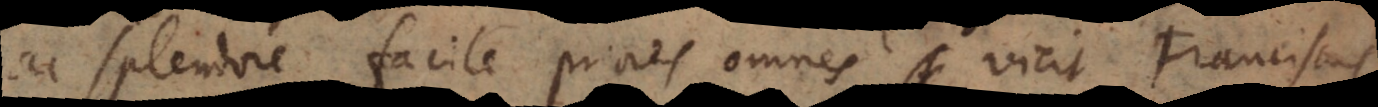
ac splendore facile priores omnes vicit Franciscus